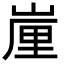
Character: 𡺉